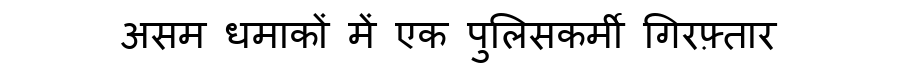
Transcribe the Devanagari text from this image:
असम धमाकों में एक पुलिसकर्मी गिरफ़्तार